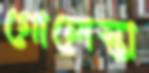
গোলেস্তা